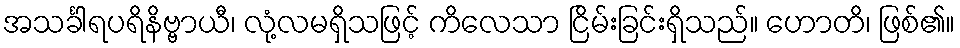
အသင်္ခါရပရိနိဗ္ဗာယီ၊ လုံ့လမရှိသဖြင့် ကိလေသာ ငြိမ်းခြင်းရှိသည်။ ဟောတိ၊ ဖြစ်၏။